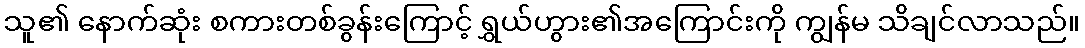
သူ၏ နောက်ဆုံး စကားတစ်ခွန်းကြောင့် ရွှယ်ဟွား၏အကြောင်းကို ကျွန်မ သိချင်လာသည်။